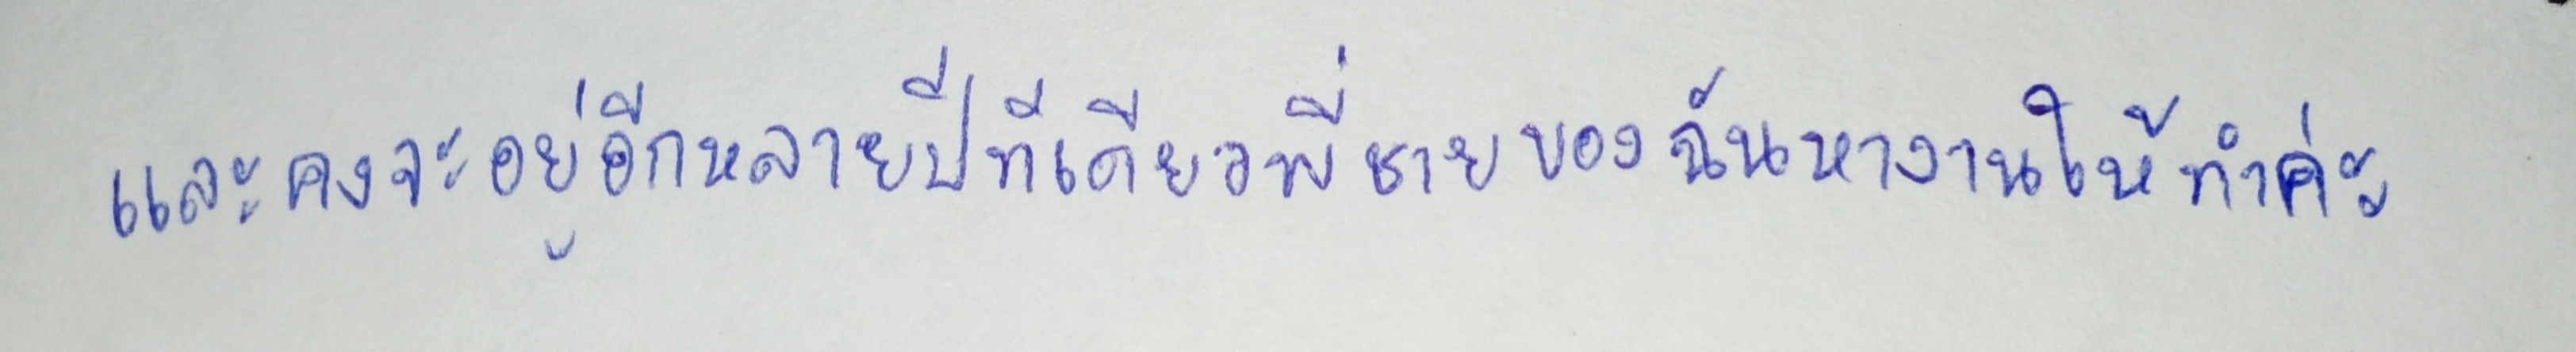
และคงจะอยู่อีกหลายปีทีเดียวพี่ชายของฉันหางานให้ทำค่ะ